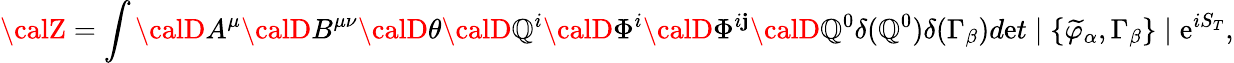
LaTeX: {\calZ}=\int{\calD}A^{\mu}{\calD}B^{\mu\nu}{\calD}\theta{\calD}\mathbb{Q}^{i}{\calD}\Phi^{i}{\calD}\Phi^{i\mathbf{j}}{\calD}\mathbb{Q}^{0}\delta(\mathbb{Q}^{0})\delta(\Gamma_{\beta})d\mathrm{e}t\mid\{ \widetilde{{\varphi}}_{\alpha},\Gamma_{\beta}\} \mid\mathrm{e}^{iS_{T}},